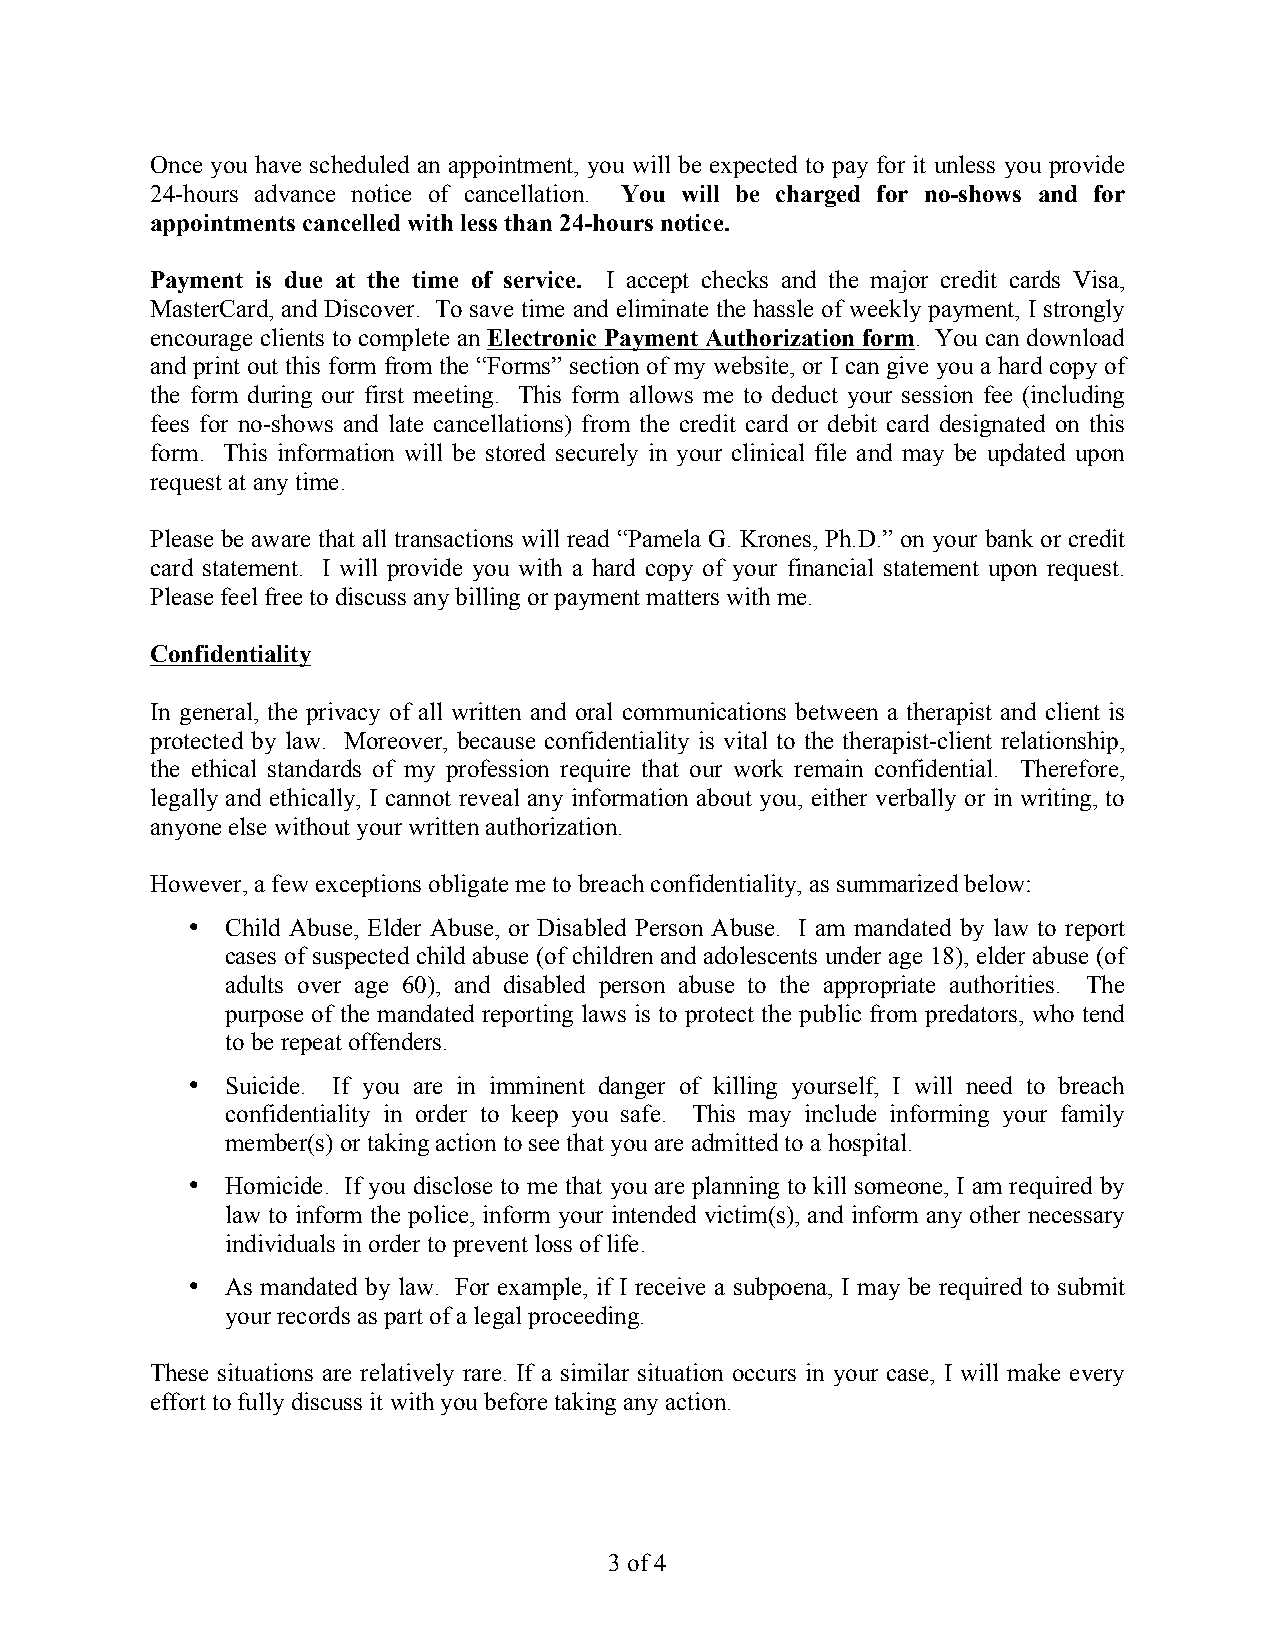
Once you have scheduled an appointment, you will be expected to pay for it unless you provide
 24-hours advance notice of cancellation. You will be charged for no-shows and for
 appointments cancelled with less than 24-hours notice.
 Payment is due at the time of service. I accept checks and the major credit cards Visa,
 MasterCard, and Discover. To save time and eliminate the hassle of weekly payment, I strongly
 encourage clients to complete an Electronic Payment Authorization form. You can download
 and print out this form from the “Forms” section of my website, or I can give you a hard copy of
 the form during our first meeting. This form allows me to deduct your session fee (including
 fees for no-shows and late cancellations) from the credit card or debit card designated on this
 form. This information will be stored securely in your clinical file and may be updated upon
 request at any time.
 Please be aware that all transactions will read “Pamela G. Krones, Ph.D.” on your bank or credit
 card statement. I will provide you with a hard copy of your financial statement upon request.
 Please feel free to discuss any billing or payment matters with me.
 Confidentiality
 In general, the privacy of all written and oral communications between a therapist and client is
 protected by law. Moreover, because confidentiality is vital to the therapist-client relationship,
 the ethical standards of my profession require that our work remain confidential. Therefore,
 legally and ethically, I cannot reveal any information about you, either verbally or in writing, to
 anyone else without your written authorization.
 However, a few exceptions obligate me to breach confidentiality, as summarized below:
 •  Child Abuse, Elder Abuse, or Disabled Person Abuse. I am mandated by law to report
 cases of suspected child abuse (of children and adolescents under age 18), elder abuse (of
 adults over age 60), and disabled person abuse to the appropriate authorities. The
 purpose of the mandated reporting laws is to protect the public from predators, who tend
 to be repeat offenders.
 •  Suicide. If you are in imminent danger of killing yourself, I will need to breach
 confidentiality in order to keep you safe. This may include informing your family
 member(s) or taking action to see that you are admitted to a hospital.
 •  Homicide. If you disclose to me that you are planning to kill someone, I am required by
 law to inform the police, inform your intended victim(s), and inform any other necessary
 individuals in order to prevent loss of life.
 •  As mandated by law. For example, if I receive a subpoena, I may be required to submit
 your records as part of a legal proceeding.
 These situations are relatively rare. If a similar situation occurs in your case, I will make every
 effort to fully discuss it with you before taking any action.
 3 of 4